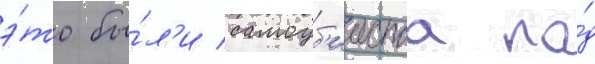
э́то бы́л'и самоуб'ииства по́д